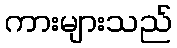
ကားများသည်